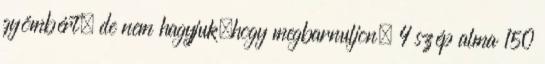
gyömbért, de nem hagyjuk,hogy megbarnuljon. 4 szép alma 150